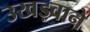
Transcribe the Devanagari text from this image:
उखड़वाने